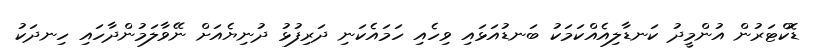
ޑޮކްޓަރުން އުންމީދު ކަނޑާލިއެއްކަމަކު ބަނޑުއަޅައި ވިހެއި ހަމައެކަނި ދަރިފުޅު ދުނިޔެއަށް ނޭވާލަމުންދާހައި ހިނދަކު